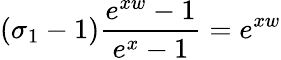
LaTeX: (\sigma_{1}-1)\frac{e^{xw}-1}{e^{x}-1}=e^{xw}